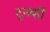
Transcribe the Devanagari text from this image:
टुनकी